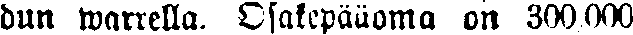
dun warrella. Osakepääoma on 300,000